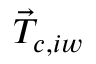
\vec { T } _ { c , i w }